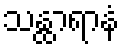
သန္ထာရာနံ